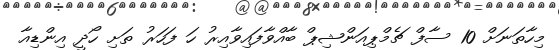
މިހާތަނަށް 10 ސާފް ޗެމްޕިއަންޝިޕް ބާއްވާފައިވާއިރު ހަ ފަހަރު ތަށި ހޯދީ އިންޑިއާ